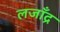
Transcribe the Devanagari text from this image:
लजाँद्र